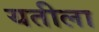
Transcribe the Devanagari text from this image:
यतीला